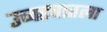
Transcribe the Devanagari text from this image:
उच्चरवातला